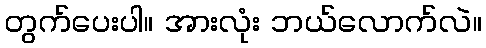
တွက်ပေးပါ။ အားလုံး ဘယ်လောက်လဲ။